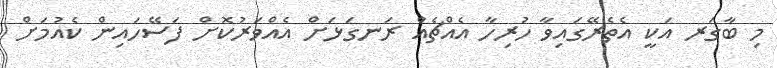
މި ބާގަރ އަކީ އެތެރޭގައިވާ ހުރިހާ އެއްޗެއް ރަނގަޅަށް އެއްވަރުކޮށް ފަސޭހައިން ކެއުމަށް